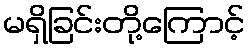
မရှိခြင်းတို့ကြောင့်